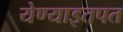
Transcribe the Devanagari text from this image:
येण्याइतपत